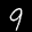
Label: 9